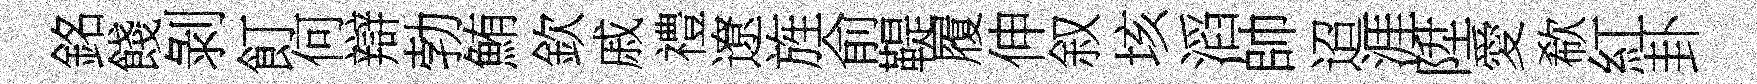
銘餞剝飣何辯勃鮪欽戚禮遼旌俞鞮履伸叙垓滔帥迢涯陞愛欷紅卦